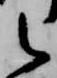
之